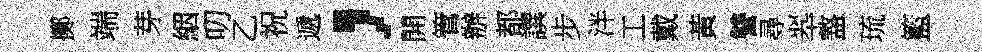
擲端芽絪叨乙祝遞，開管辦都譔步泮工戴黃讐尋翆盩琉籃